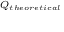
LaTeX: \scriptstyle Q _ { t h e o r e t i c a l }